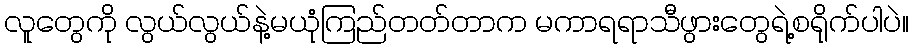
လူတွေကို လွယ်လွယ်နဲ့မယုံကြည်တတ်တာက မကာရရာသီဖွားတွေရဲ့စရိုက်ပါပဲ။